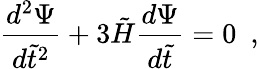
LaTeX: {\frac{d^{2}\Psi}{d\tilde{t}^{2}}}+3\tilde{H}{\frac{d\Psi}{d\tilde{t}}}=0\ \ ,